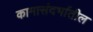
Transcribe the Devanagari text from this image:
कामासंदर्भातील